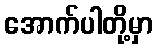
အောက်ပါတို့မှာ